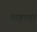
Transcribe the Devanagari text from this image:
छड़ावा